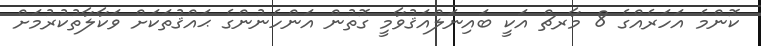
ކޮންމެ އަހަރެއްގެ 8 މާރޗް އަކީ ބައިނަލްއަޤުވާމީ ގޮތުން އަންހެނުންގެ ޙައްޤުތަކަށް ވަކާލާތުކުރުމަށް